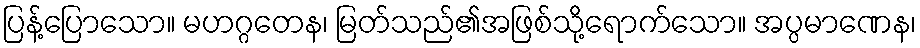
ပြန့်ပြောသော။ မဟဂ္ဂတေန၊ မြတ်သည်၏အဖြစ်သို့ရောက်သော။ အပ္ပမာဏေန၊